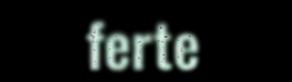
ferte